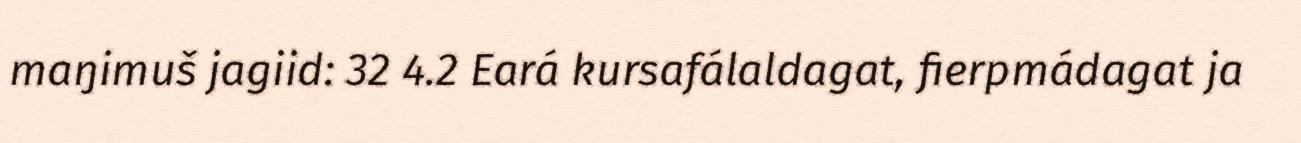
maŋimuš jagiid: 32 4.2 Eará kursafálaldagat, fierpmádagat ja